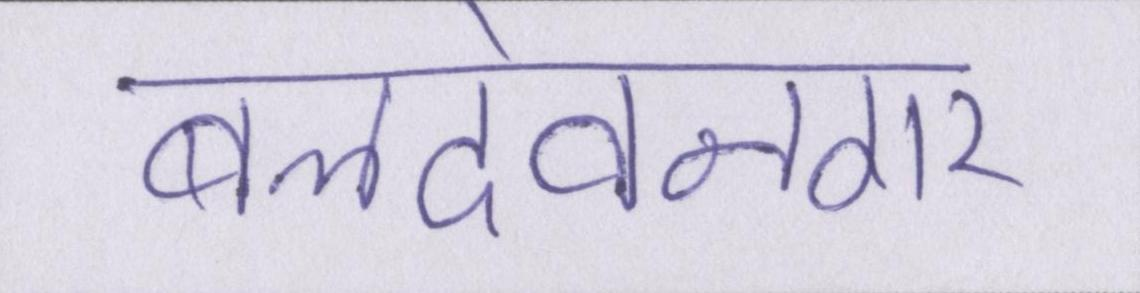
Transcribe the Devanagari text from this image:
बलदेवनगर